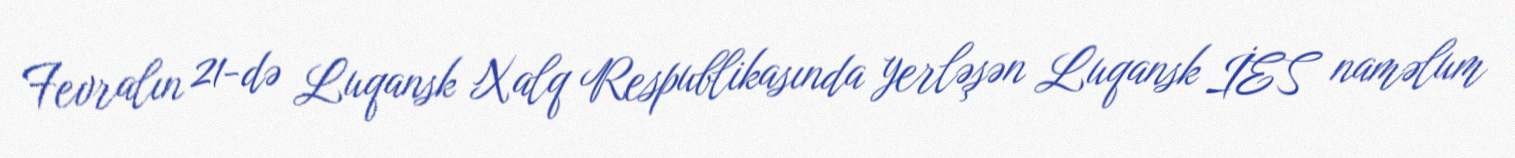
Fevralın 21-də Luqansk Xalq Respublikasında yerləşən Luqansk İES naməlum